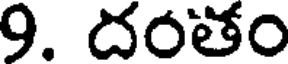
9. దంతం